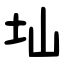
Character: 圸